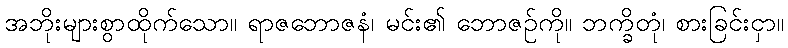
အဘိုးများစွာထိုက်သော။ ရာဇဘောဇနံ၊ မင်း၏ ဘောဇဉ်ကို။ ဘက္ခိတုံ၊ စားခြင်းငှာ။